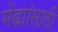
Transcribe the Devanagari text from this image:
मेंढ्यांसाठी